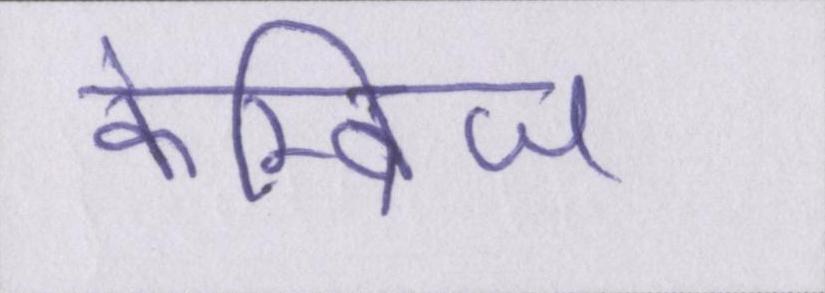
केम्ब्रिज